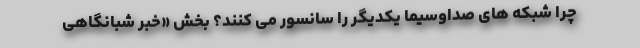
چرا شبکه های صداوسیما یکدیگر را سانسور می کنند؟ بخش «خبر شبانگاهی